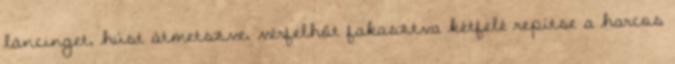
láncinget, húst átmetszve, vérfelhőt fakasztva kétfelé repítse a harcos